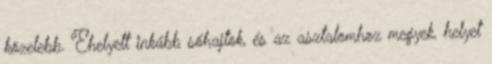
közelebb. Ehelyett inkább sóhajtok, és az asztalomhoz megyek, helyet